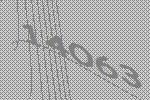
14063